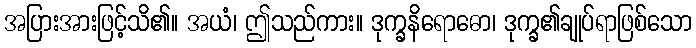
အပြားအားဖြင့်သိ၏။ အယံ၊ ဤသည်ကား။ ဒုက္ခနိရောဓော၊ ဒုက္ခ၏ချုပ်ရာဖြစ်သော